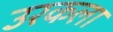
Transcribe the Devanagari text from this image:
उरकला